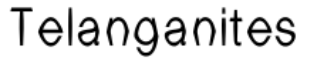
Telanganites